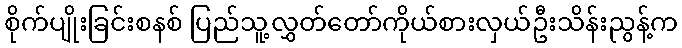
စိုက်ပျိုးခြင်းစနစ် ပြည်သူ့လွှတ်တော်ကိုယ်စားလှယ်ဦးသိန်းညွန့်က